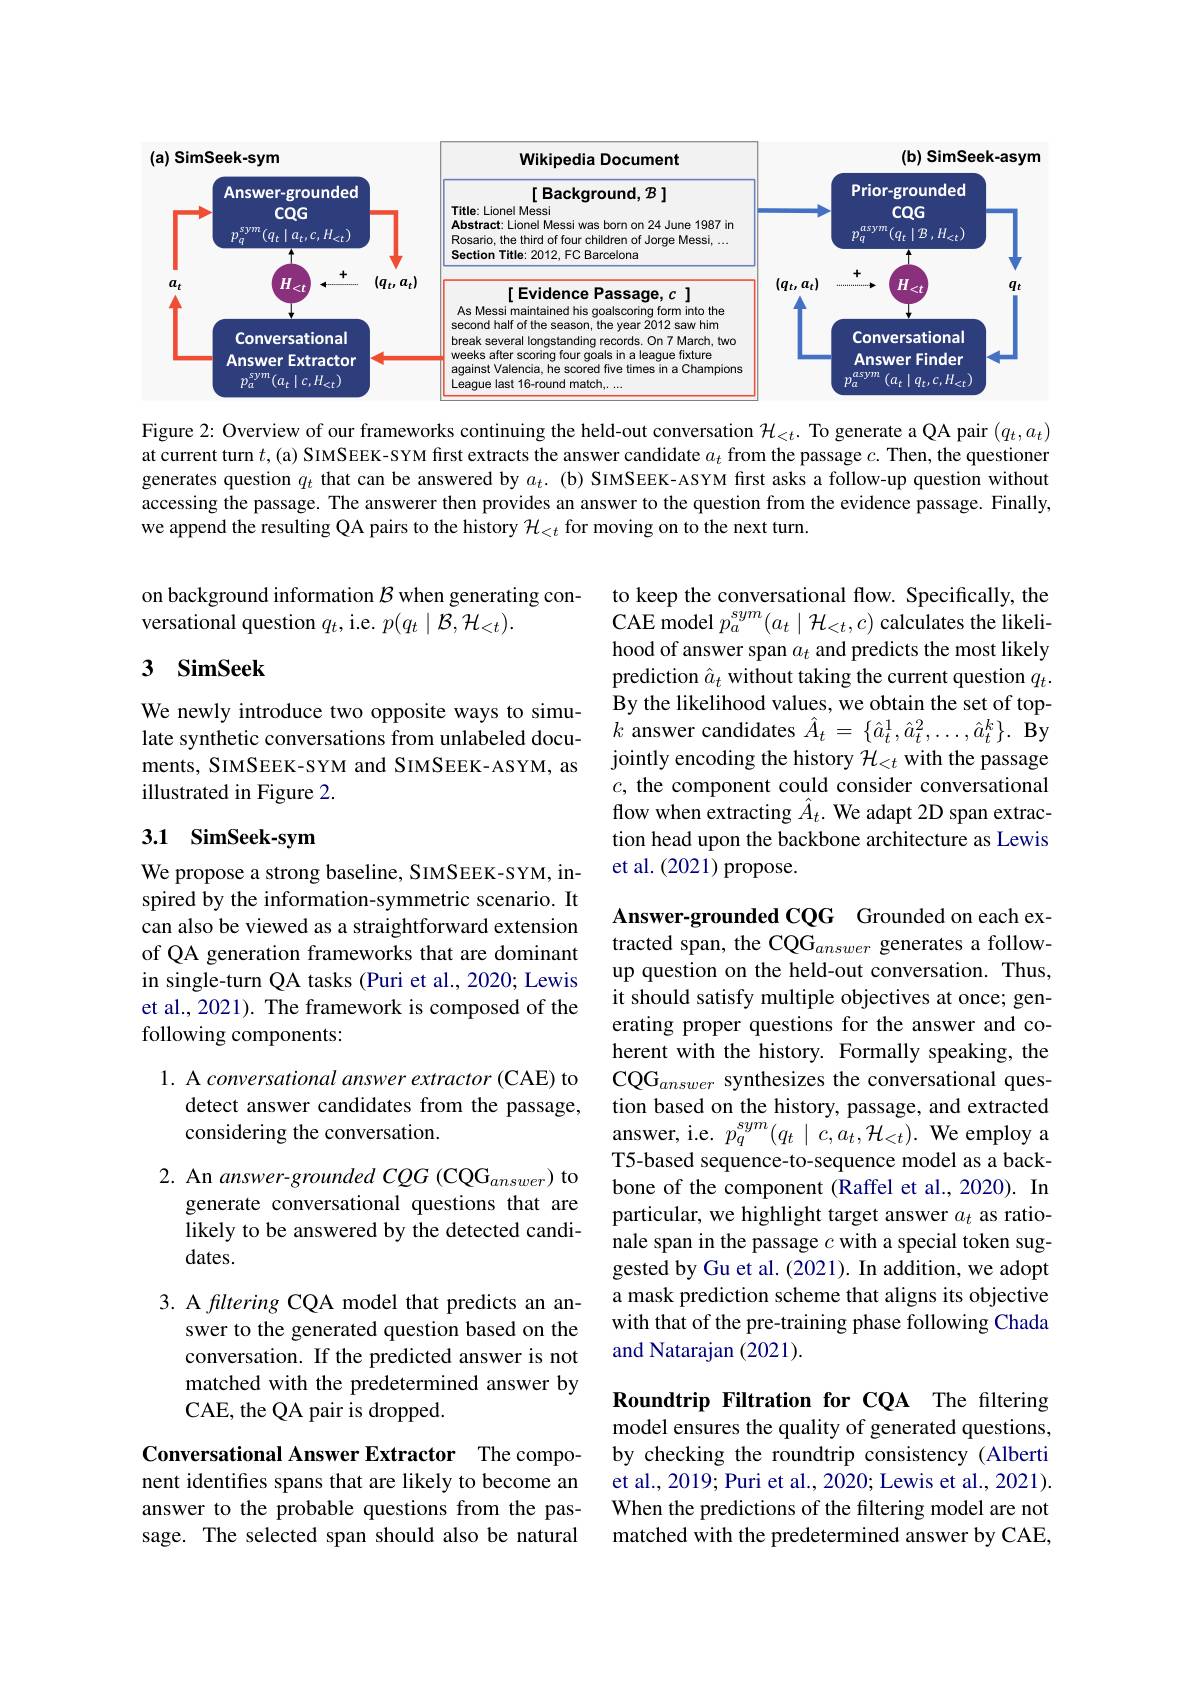
<FigureHere>

Figure 2: Overview of our frameworks continuing the held-out conversation $\mathcal{H}_<t.$ To generate a QA pair $(q_t,a_t)$ at current turn $t$,(a) SIMSEEK-SYM first extracts the answer candidate $a_t$ from the passage $c.$ Then, the questioner generates question $q_t$ that can be answered by $a_t.$ (b) SIMSEEK-ASYM frst asks a follow-up question without accessing the passage. The answerer then provides an answer to the question from the evidence passage. Finally, we append the resulting QA pairs to the history $\mathcal{H}_{<t}$ for moving on to the next turn.

on background information $\mathcal{B}$ when generating con-
versational question $q_t$, i.e. $p(q_t\mid\mathcal{B},\mathcal{H}_{<t}).$

## 3 SimSeek

to keep the conversational flow. Specifically, the CAE model $p_a^{sym}(a_t\mid\mathcal{H}_{<t},c)$ calculates the likelihood of answer span $a_t$ and predicts the most likely prediction $\hat{a}_t$ without taking the current question $q_t.$ By the likelihood values, we obtain the set of top- $k$ answer candidates $\hat{A}_t=\{\hat{a}_t^1,\hat{a}_t^2,\ldots,\hat{a}_t^k\}.$ By jointly encoding the history $\mathcal{H}_{<t}$ with the passage $c$, the component could consider conversational flow when extracting $\hat{A}_t.$ We adapt 2D span extraction head upon the backbone architecture as Lewis et al. (2021) propose.

We newly introduce two opposite ways to simulate synthetic conversations from unlabeled documents, SIMSEEK-SYM and SIMSEEK-ASYM, as illustrated in Figure 2.

## 3.1 SimSeek-sym

We propose a strong baseline, SIMSEEK-SYM, inspired by the information-symmetric scenario. It can also be viewed as a straightforward extension of QA generation frameworks that are dominant in single-turn QA tasks (Puri et al., 2020; Lewis et al., 2021). The framework is composed of the following components:

1. A conversational answer extractor (CAE) to
detect answer candidates from the passage,
considering the conversation.

Answer-grounded CQG Grounded on each extracted span, the CQG$_answer$ generates a followup question on the held-out conversation. Thus, it should satisfy multiple objectives at once; generating proper questions for the answer and coherent with the history. Formally speaking, the CQG$_answer$ synthesizes the conversational question based on the history, passage, and extracted answer, i.e. $p_q^{sym}(q_t\mid c,a_t,\mathcal{H}_{<t}).$ We employ a T5-based sequence-to-sequence model as a backbone of the component (Raffel et al., 2020). In particular, we highlight target answer $a_t$ as rationale span in the passage $c$ with a special token suggested by Gu et al. (2021). In addition, we adopt a mask prediction scheme that aligns its objective with that of the pre-training phase following Chada and Natarajan (2021).

2. An answer-grounded CQG (CQG_{answer}) to

generate conversational questions that are likely to be answered by the detected candidates.

3. A filtering CQA model that predicts an an-
swer to the generated question based on the conversation. If the predicted answer is not matched with the predetermined answer by CAE, the QA pair is dropped.

Roundtrip Filtration for CQA The filtering model ensures the quality of generated questions, by checking the roundtrip consistency (Alberti et al., 2019; Puri et al., 2020; Lewis et al., 2021). When the predictions of the filtering model are not matched with the predetermined answer by CAE,

Conversational Answer Extractor The component identifies spans that are likely to become an answer to the probable questions from the passage. The selected span should also be natural